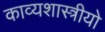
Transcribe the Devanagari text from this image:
काव्यशास्त्रीयो